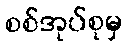
စစ်အုပ်စုမှ